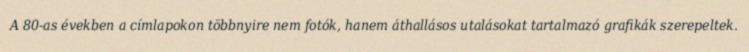
A 80-as években a címlapokon többnyire nem fotók, hanem áthallásos utalásokat tartalmazó grafikák szerepeltek.